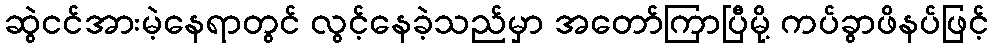
ဆွဲငင်အားမဲ့နေရာတွင် လွင့်နေခဲ့သည်မှာ အတော်ကြာပြီမို့ ကပ်ခွာဖိနပ်ဖြင့်